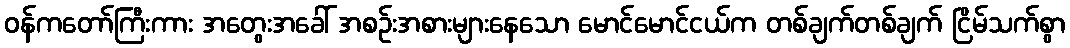
ဝန်ကတော်ကြီးကား အတွေးအခေါ် အစဉ်းအစားများနေသော မောင်မောင်ငယ်က တစ်ချက်တစ်ချက် ငြိမ်သက်စွာ